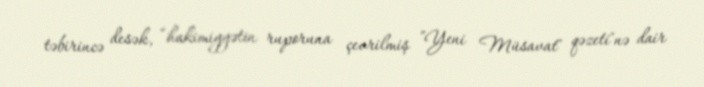
təbirincə desək, “hakimiyyətin ruporuna çevrilmiş ”Yeni Müsavat" qəzeti"nə dair